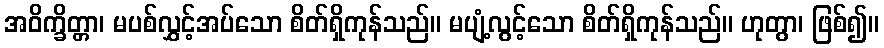
အဝိက္ခိတ္တာ၊ မပစ်လွှင့်အပ်သော စိတ်ရှိကုန်သည်။ မပျံ့လွင့်သော စိတ်ရှိကုန်သည်။ ဟုတွာ၊ ဖြစ်၍။